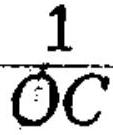
$\frac{1}{OC}$